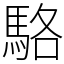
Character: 駱